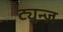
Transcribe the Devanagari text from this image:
ट्यून्ज़